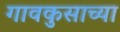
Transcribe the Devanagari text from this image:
गावकुसाच्या